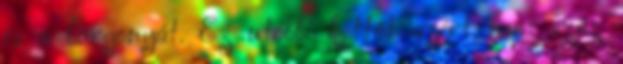
és a burgonyát. Ez utóbbi kettőt azért nem száz